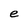
Character: e